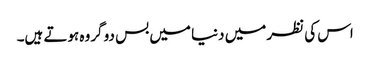
اس کی نظر میں دنیا میں بس دو گروہ ہوتے ہیں۔